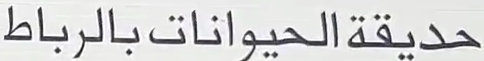
حديقةالحيواناتبالرب